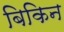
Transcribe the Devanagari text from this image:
बिकिन